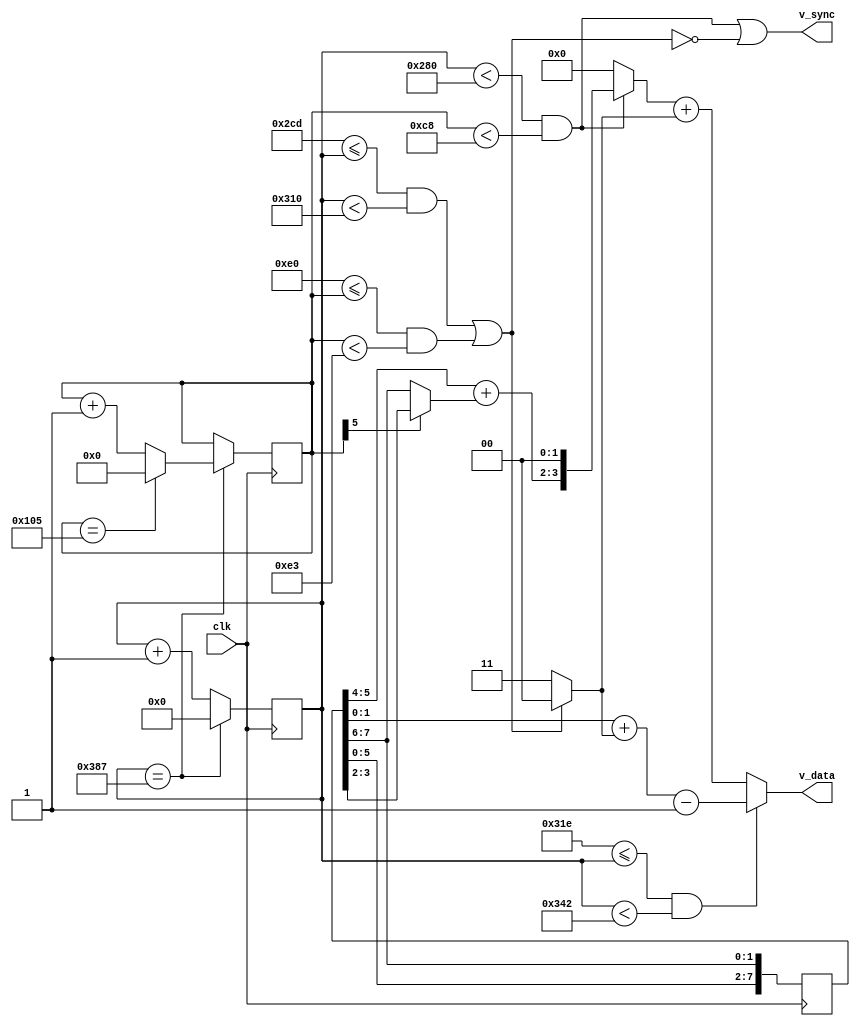
module ntsc_gen(clk,v_sync,v_data);
parameter DATA_BITS = 4;
input clk;
output reg [DATA_BITS-1:0] v_data;
output v_sync;
wire [DATA_BITS-1:0] data;
wire [DATA_BITS-1:0] sync;
//50 Mhz clock
reg [9:0] xpos = 0;
reg [8:0] ypos = 0;
reg [3:0] counter = 0;
reg [7:0] colorburst = 8'b01100100;

always @(posedge clk) begin
    colorburst <= {colorburst[5:0],colorburst[7:6]};
    if(xpos == 903) begin
        xpos <= 0;
        if(ypos == 261)
            ypos <= 0;
        else
            ypos <= ypos + 1;
    end
    else
        xpos <= xpos + 1;
end
wire active = xpos < 640 && ypos < 200;
wire hsync  = 717 <= xpos && xpos < 784;
wire vsync  = 224 <= ypos && ypos < 227;
wire burst  = 798 <= xpos && xpos < 834 ;


assign data = active ? {colorburst[5:4] + (ypos[5] ? colorburst[3:2] : colorburst[7:6]),2'b0} :0;
assign sync = (!(hsync || vsync)) ? 4'b0011 : 4'b0000;
assign v_sync = active || !(hsync || vsync);
//assign v_data = ((data+v_sync) <= (1<<DATA_BITS) - 1) ? (data+v_sync) : 2'b11;
always @*
    if(burst)
        v_data = colorburst[1:0] + sync - 1;
    else
        v_data <= data + sync;


endmodule